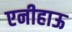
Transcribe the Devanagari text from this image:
एनीहाऊ